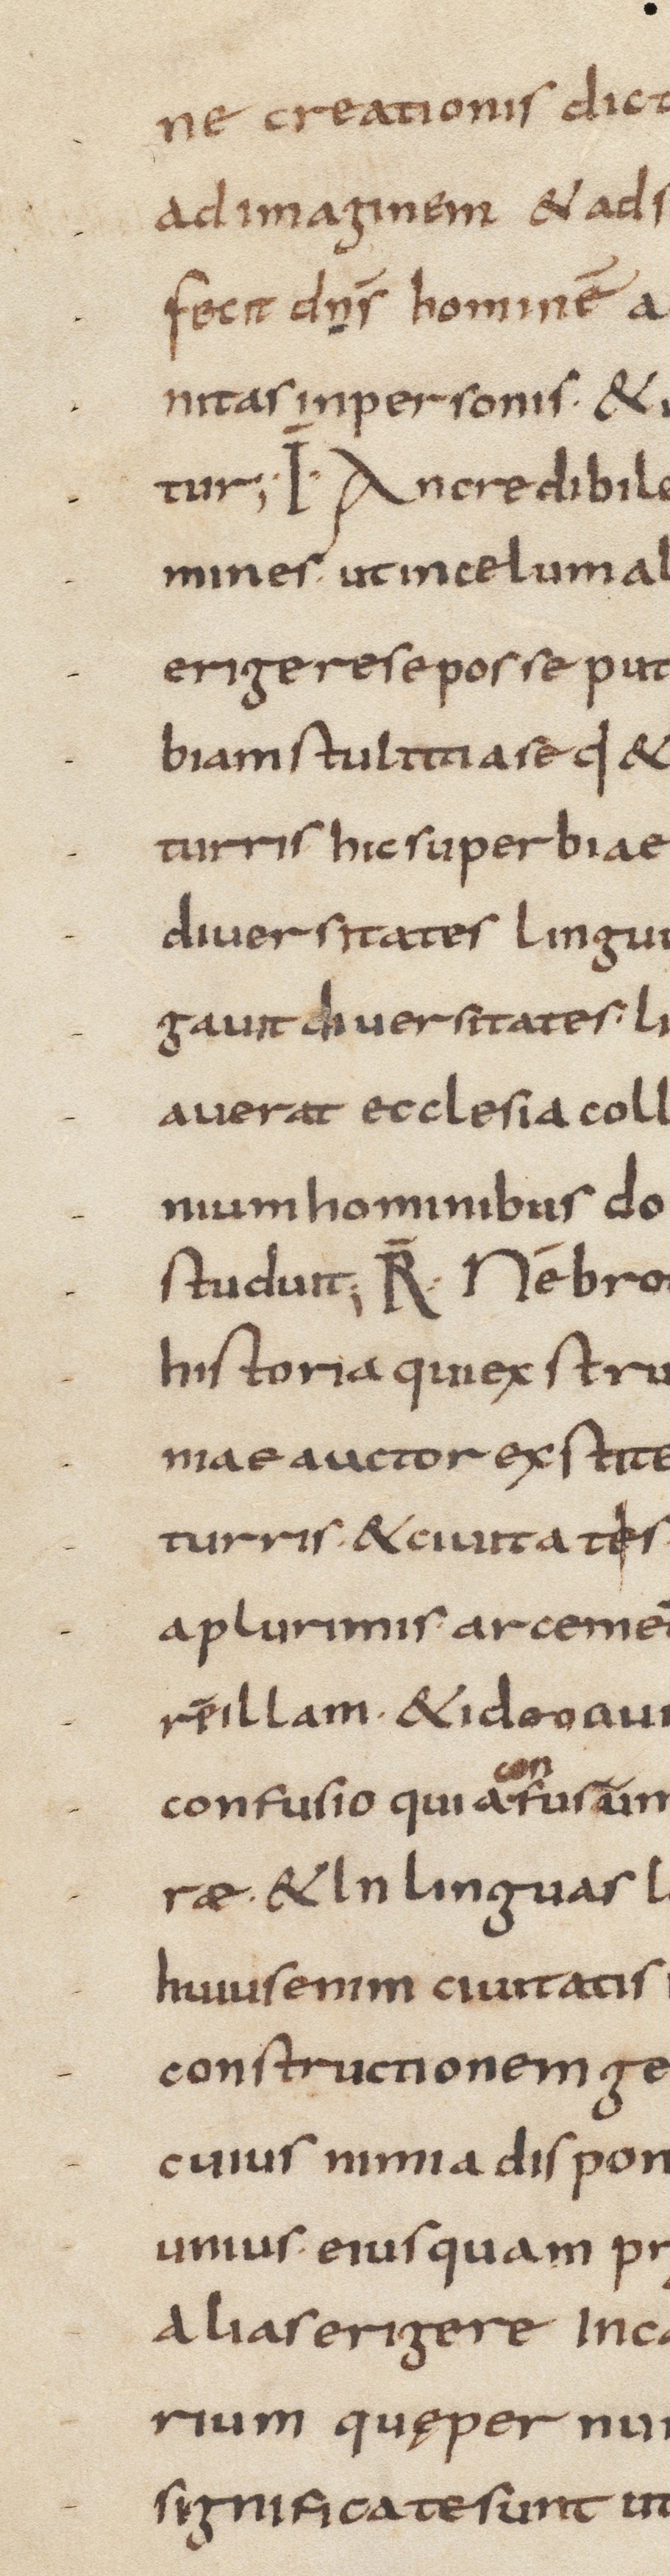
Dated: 833–865